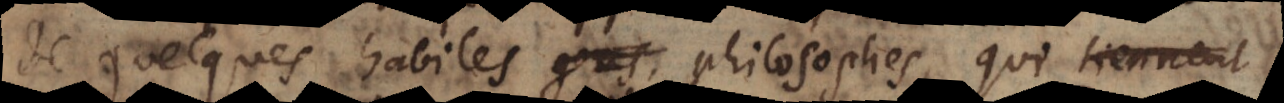
de quelques habiles philosophes, qui semblent